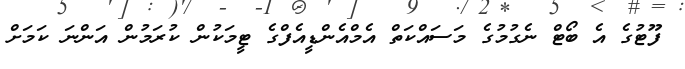
ފޫޓުގެ އެ ބޯޓް ނެގުމުގެ މަސައްކަތް އެމްއެންޑީއެފްގެ ޓީމަކުން ކުރަމުން އަންނަ ކަމަށް